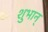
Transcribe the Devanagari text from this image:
शुभान्